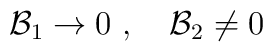
{\cal B}_1 \rightarrow 0 \ ,\quad {\cal B}_2 \neq 0